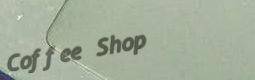
Coffee Shop